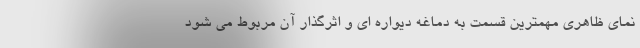
نمای ظاهری مهمترین قسمت به دماغه دیواره ای و اثرگذار آن مربوط می شود